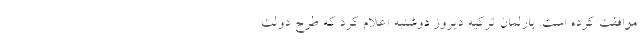
موافقت کرده است. پارلمان ترکیه دیروز دوشنبه اعلام کرد که طرح دولت